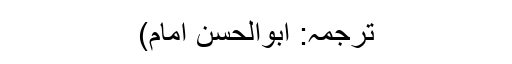
ترجمہ: اَبواَلحسن اِمام)